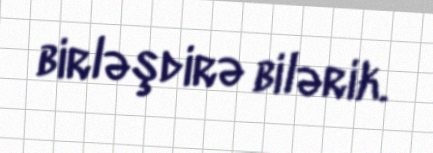
birləşdirə bilərik.